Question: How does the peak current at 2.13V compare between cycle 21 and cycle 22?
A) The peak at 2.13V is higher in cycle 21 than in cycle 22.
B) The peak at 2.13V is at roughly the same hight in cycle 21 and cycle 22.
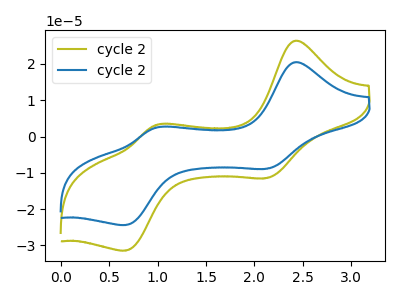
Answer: <think>The olive curve "cycle 21" has anodic peaks at (2.40V, 26.35uA) (1.00V, 3.10uA) and cathodic peaks at (2.15V, -11.40uA) (0.65V, -31.40uA). The blue curve "cycle 22" has anodic peaks at (2.40V, 20.45uA) (1.00V, 2.40uA) and cathodic peaks at (2.15V, -8.85uA) (0.65V, -24.35uA).</think>
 <answer>A) The peak at 2.13V is higher in "cycle 21" than in "cycle 22".</answer>
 <eval>A</eval>